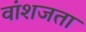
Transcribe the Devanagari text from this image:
वांशजता